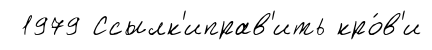
1979 Ссылк'иправ'ить кро́в'и